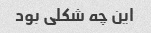
این چه شکلی بود